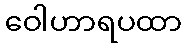
ဝေါဟာရပထာ